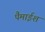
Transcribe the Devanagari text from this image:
पैमाईश